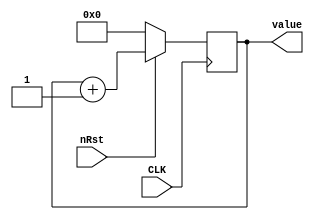
module counter(
    CLK,
    nRst,
    value
);
input CLK, nRst;
output reg [3:0] value;

always @(posedge CLK) begin
    if(nRst == 1'b0) begin
        value <= #1 4'h0;
    end
    else begin
        value <= #1 value + 1;
    end
end

endmodule // counter